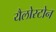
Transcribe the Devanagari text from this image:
यैलोस्टोन